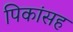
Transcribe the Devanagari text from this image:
पिकांसह